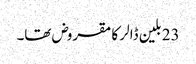
23 بلین ڈالر کا مقروض تھا۔